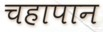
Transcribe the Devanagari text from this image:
चहापान